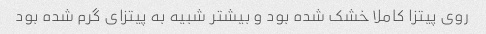
روی پیتزا کاملا خشک شده بود و بیشتر شبیه به پیتزای گرم شده بود